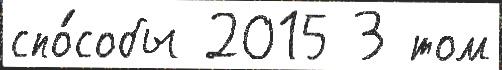
спо́собы 2015 3 том